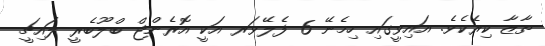
ތާޒާ ކިރެކެވެ. އައިވީގައި ހިމެނޭ 6 ފެލޭވަރ އަކީ އޮރެންޖް ބްލޫބެރީ ލައިޗީ